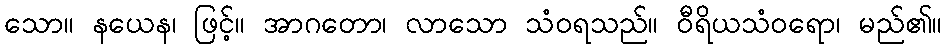
သော။ နယေန၊ ဖြင့်။ အာဂတော၊ လာသော သံဝရသည်။ ဝီရိယသံဝရော၊ မည်၏။